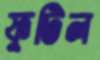
ফুটিল